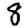
Digit: 8